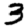
Digit: 3